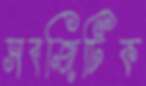
সবজিটিক